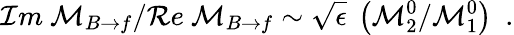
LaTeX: {\cal I}m~{\cal{M}}_{B\to f}/{\cal R}e~{\cal{M}}_{B\to f}\sim\sqrt{\epsilon}~\left({\cal{M}}_{2}^{0}/{\cal{M}}_{1}^{0}\right)\ \ .